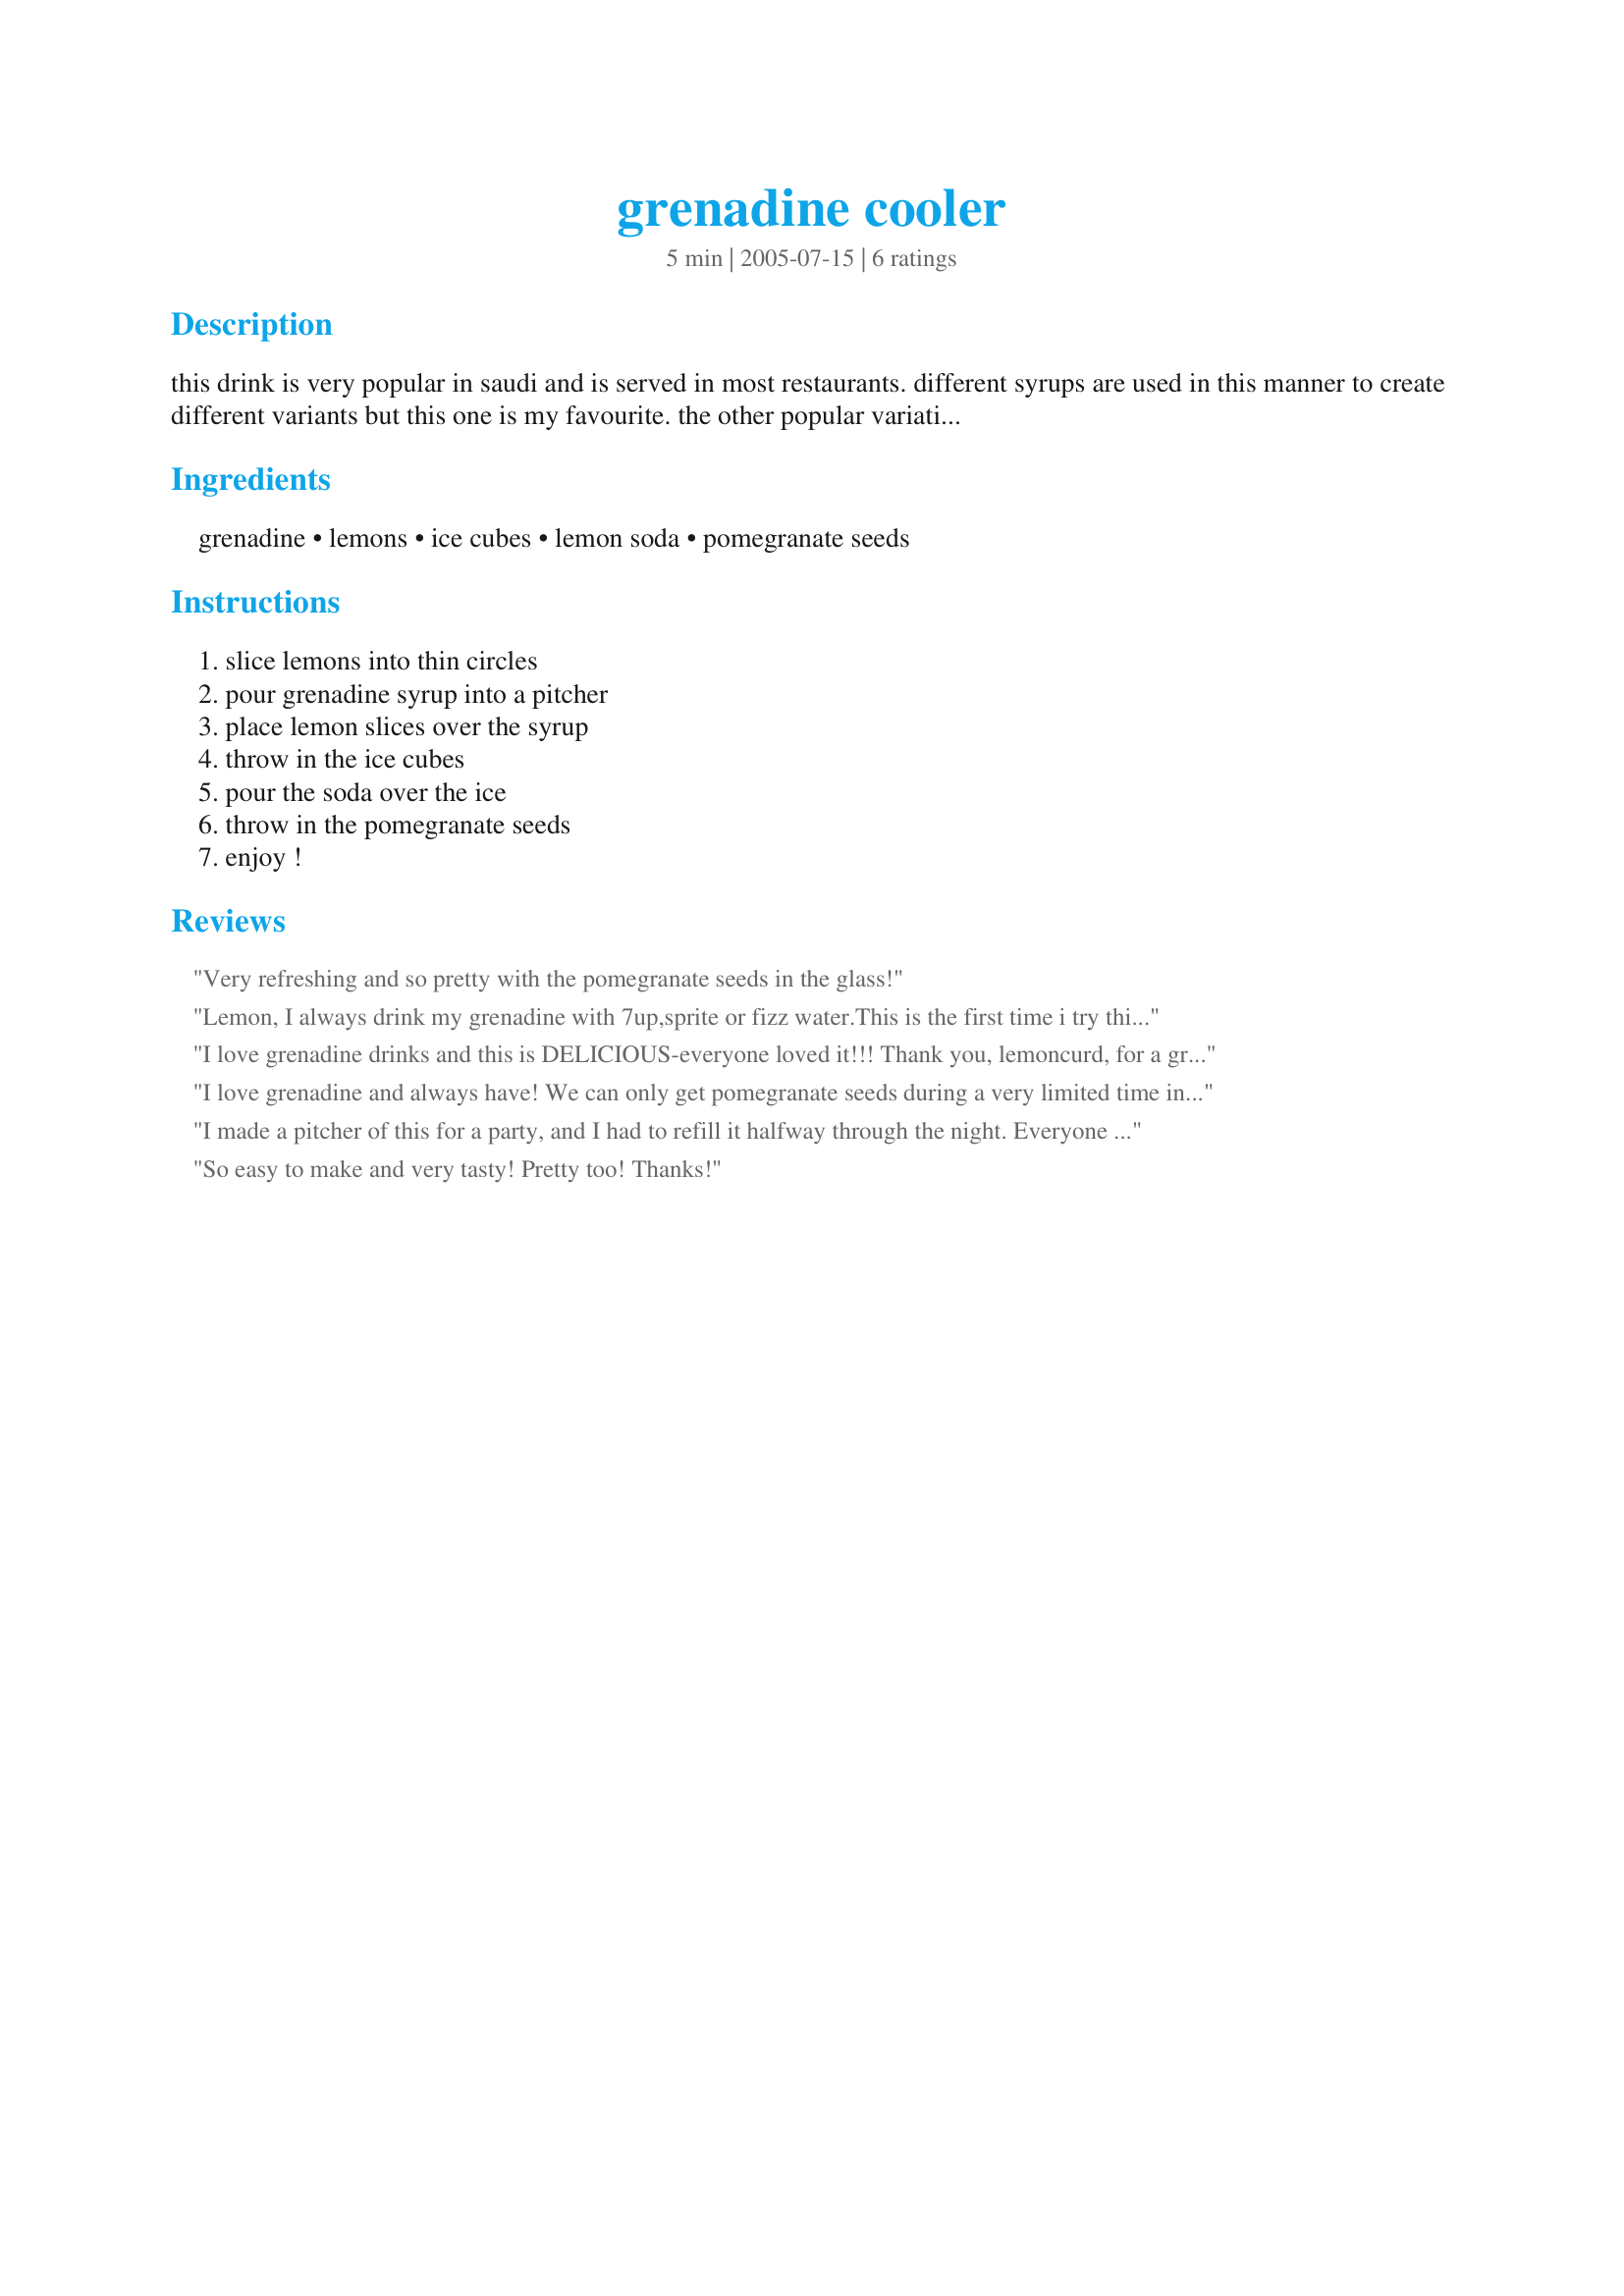
grenadine cooler
Preparation time: 5 minutes

this drink is very popular in saudi and is served in most restaurants. different syrups are used in this manner to create different variants but this one is my favourite. the other popular variation is to use club soda instead of the lemonade soda, which makes it dry. i prefer the lemonade soda

Ingredients:
grenadine, lemons, ice cubes, lemon soda, pomegranate seeds

Steps:
slice lemons into thin circles, pour grenadine syrup into a pitcher, place lemon slices over the syrup, throw in the ice cubes, pour the soda over the ice, throw in the pomegranate seeds, enjoy !

Reviews:
Very refreshing and so pretty with the pomegranate seeds in the glass!
Lemon, I always drink my grenadine with 7up,sprite or fizz water.This is the first time i try this variation.It was so fun adn my children and husband loved it too.Good one :)
I love grenadine drinks and this is DELICIOUS-everyone loved it!!! Thank you, lemoncurd, for a great recipe! Made for the Think Pink Tag Game In Honor of Breast Cancer Awareness, October 2008.
I love grenadine and always have! We can only get pomegranate seeds during a very limited time in late fall so I didn't add them. Refreshing and delicious! Love all your recipes, Lemon! cg ;)
I made a pitcher of this for a party, and I had to refill it halfway through the night. Everyone loved it, both as is and a little spiked with some limon Bacardi. This one is definitely a keeper for an impressive and refreshing non-alcoholic party drink. It's going into my 10 star cookbook!
So easy to make and very tasty! Pretty too! Thanks!
